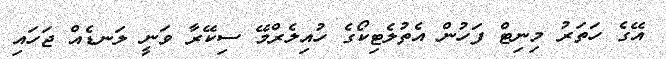
އޭގެ ހަތަރު މިނިޓް ފަހުން އެތުލެޓިކޯގެ ހުއިލެރްމޭ ސިކޭރާ ވަނީ ލަނޑެއް ޖަހައި